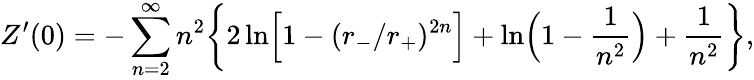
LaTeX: Z^{\prime}(0)=-\sum_{n=2}^{\infty}n^{2}\biggr\{ 2\ln\Bigr[1-(r_{-}/r_{+})^{2n}\Bigr]+\ln\Bigr(1-{\frac{1}{n^{2}}}\Bigr)+{\frac{1}{n^{2}}}\biggr\} ,